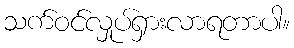
သက်ဝင်လှုပ်ရှားလာရတာပါ။